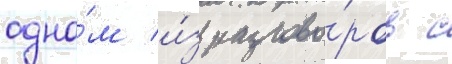
одно́м и́з разгово́ров с